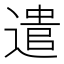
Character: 遣